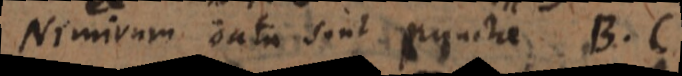
Nimirum data sunt puncta B, C,